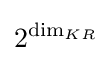
2^{{\text{dim}}_{KR}}